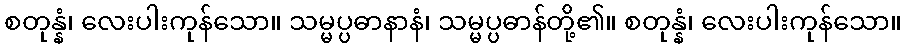
စတုန္နံ၊ လေးပါးကုန်သော။ သမ္မပ္ပဓာနာနံ၊ သမ္မပ္ပဓာန်တို့၏။ စတုန္နံ၊ လေးပါးကုန်သော။